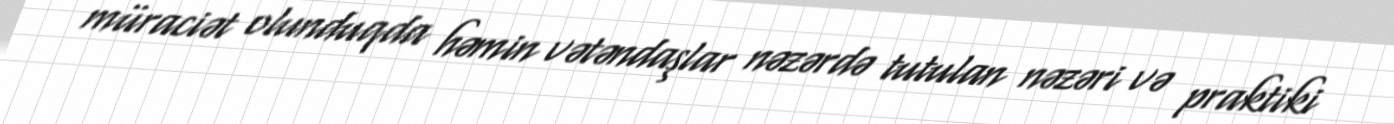
müraciət olunduqda həmin vətəndaşlar nəzərdə tutulan nəzəri və praktiki